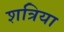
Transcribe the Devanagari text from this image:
शत्रिया